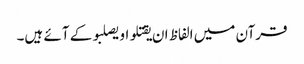
قرآن میں الفاظ ان یقتلو او یصلبو کے آئے ہیں۔